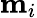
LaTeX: {\mathbf m}_{i}